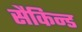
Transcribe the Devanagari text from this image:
सैकिन्ड